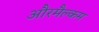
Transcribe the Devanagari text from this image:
औरमैल्कम